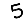
Digit: 5